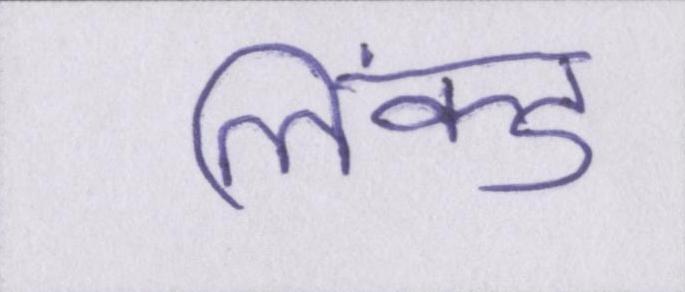
लिंक्ड